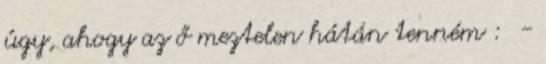
úgy, ahogy az ő meztelen hátán tenném : -